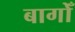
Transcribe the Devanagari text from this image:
बागोँ